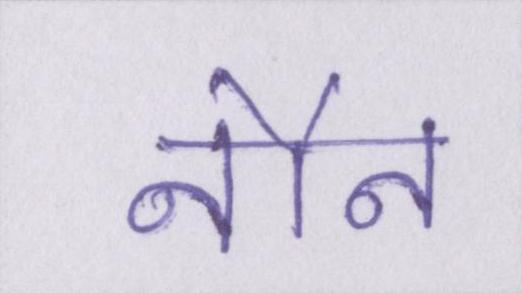
नौन